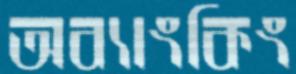
অব্যাংকিং